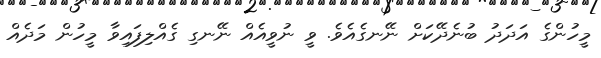
މީހުންގެ އަދަދު ބުނެދޭކަށް ނޭނގެއެވެ. ވީ ނުވީއެއް ނޭނގި ގެއްލިފައިވާ މީހުން މަދެއް